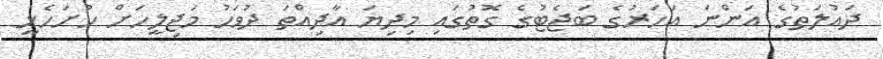
ދައުލަތުގެ އަންނަ އަހަރުގެ ބަޖެޓުގެ ގޮތުގައި މިދިޔަ އާދިއްތަ ދުވަހު މަޖިލީހަށް ހުށަހެޅީ